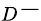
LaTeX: _D-